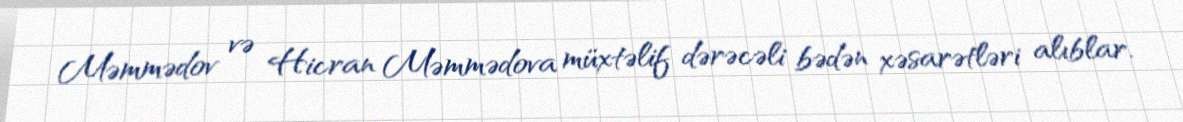
Məmmədov və Hicran Məmmədova müxtəlif dərəcəli bədən xəsarətləri alıblar.